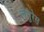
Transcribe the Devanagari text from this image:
लेमुरेस